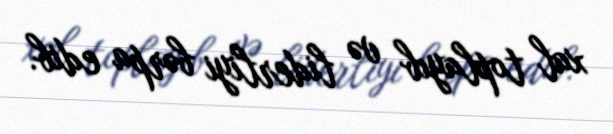
xal toplayıb və liderliyi bərpa edib.